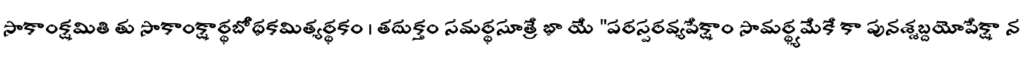
సాకాంక్షమితి తు సాకాంక్షార్థబోధకమిత్యర్థకం । తదుక్తం సమర్థసూత్రే భా యే "పరస్పరవ్యపేక్షాం సామర్థ్యమేకే కా పునశ్శబ్దయోపేక్షా న